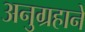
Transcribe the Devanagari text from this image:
अनुग्रहाने